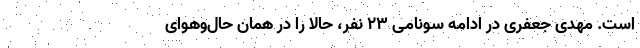
است. مهدی جعفری در ادامه سونامی ۲۳ نفر، حالا را در همان حال‌وهوای